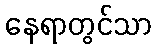
နေရာတွင်သာ